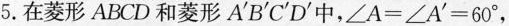
5.在菱形 ABCD 和菱形 A'B'C'D'中,$$∠ A = ∠ A' = 6 0°,